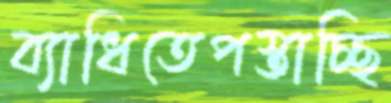
ব্যাধিতেপস্তাচ্ছি